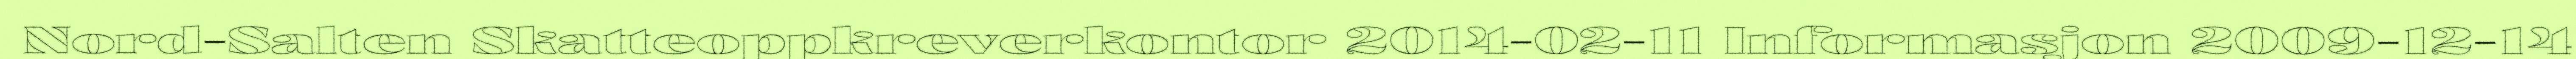
Nord-Salten Skatteoppkreverkontor 2014-02-11 Informasjon 2009-12-14